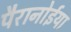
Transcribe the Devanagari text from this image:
पैरानोईया